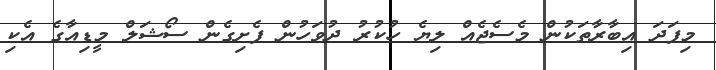
މިފަދަ އިބާރާތަކުން މެސެޖެއް ލިޔެ ހުކުރު ދުވަހުން ފެށިގެން ސޯޝަލް މީޑިއާގެ އެކި